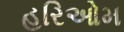
હરિઓમ